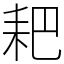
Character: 耙